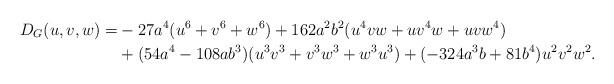
LaTeX: \begin{align*}D_G(u,v,w)=&-27a^4(u^6+v^6+w^6) + 162a^2b^2(u^4vw+uv^4w+uvw^4)\\& + (54a^4 - 108ab^3)(u^3v^3+v^3w^3+w^3u^3) + (-324a^3b + 81b^4)u^2v^2w^2 .\end{align*}